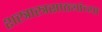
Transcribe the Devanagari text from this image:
शस्त्रास्त्रसाठ्यांच्या